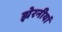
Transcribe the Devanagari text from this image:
झेरनीयां